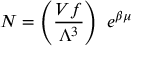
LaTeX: N = \left( { \frac { V f } { \Lambda ^ { 3 } } } \right) \, \, e ^ { \beta \mu }